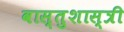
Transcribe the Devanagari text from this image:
वास्‍तुशास्‍त्री